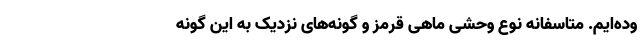
وده‌ایم. متاسفانه نوع وحشی ماهی قرمز و گونه‌های نزدیک به این گونه